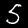
Label: 5